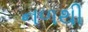
નળથી